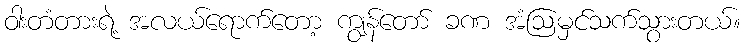
ဝါးတံတားရဲ့ အလယ်ရောက်တော့ ကျွန်တော် ခဏ အံဩမှင်သက်သွားတယ်။